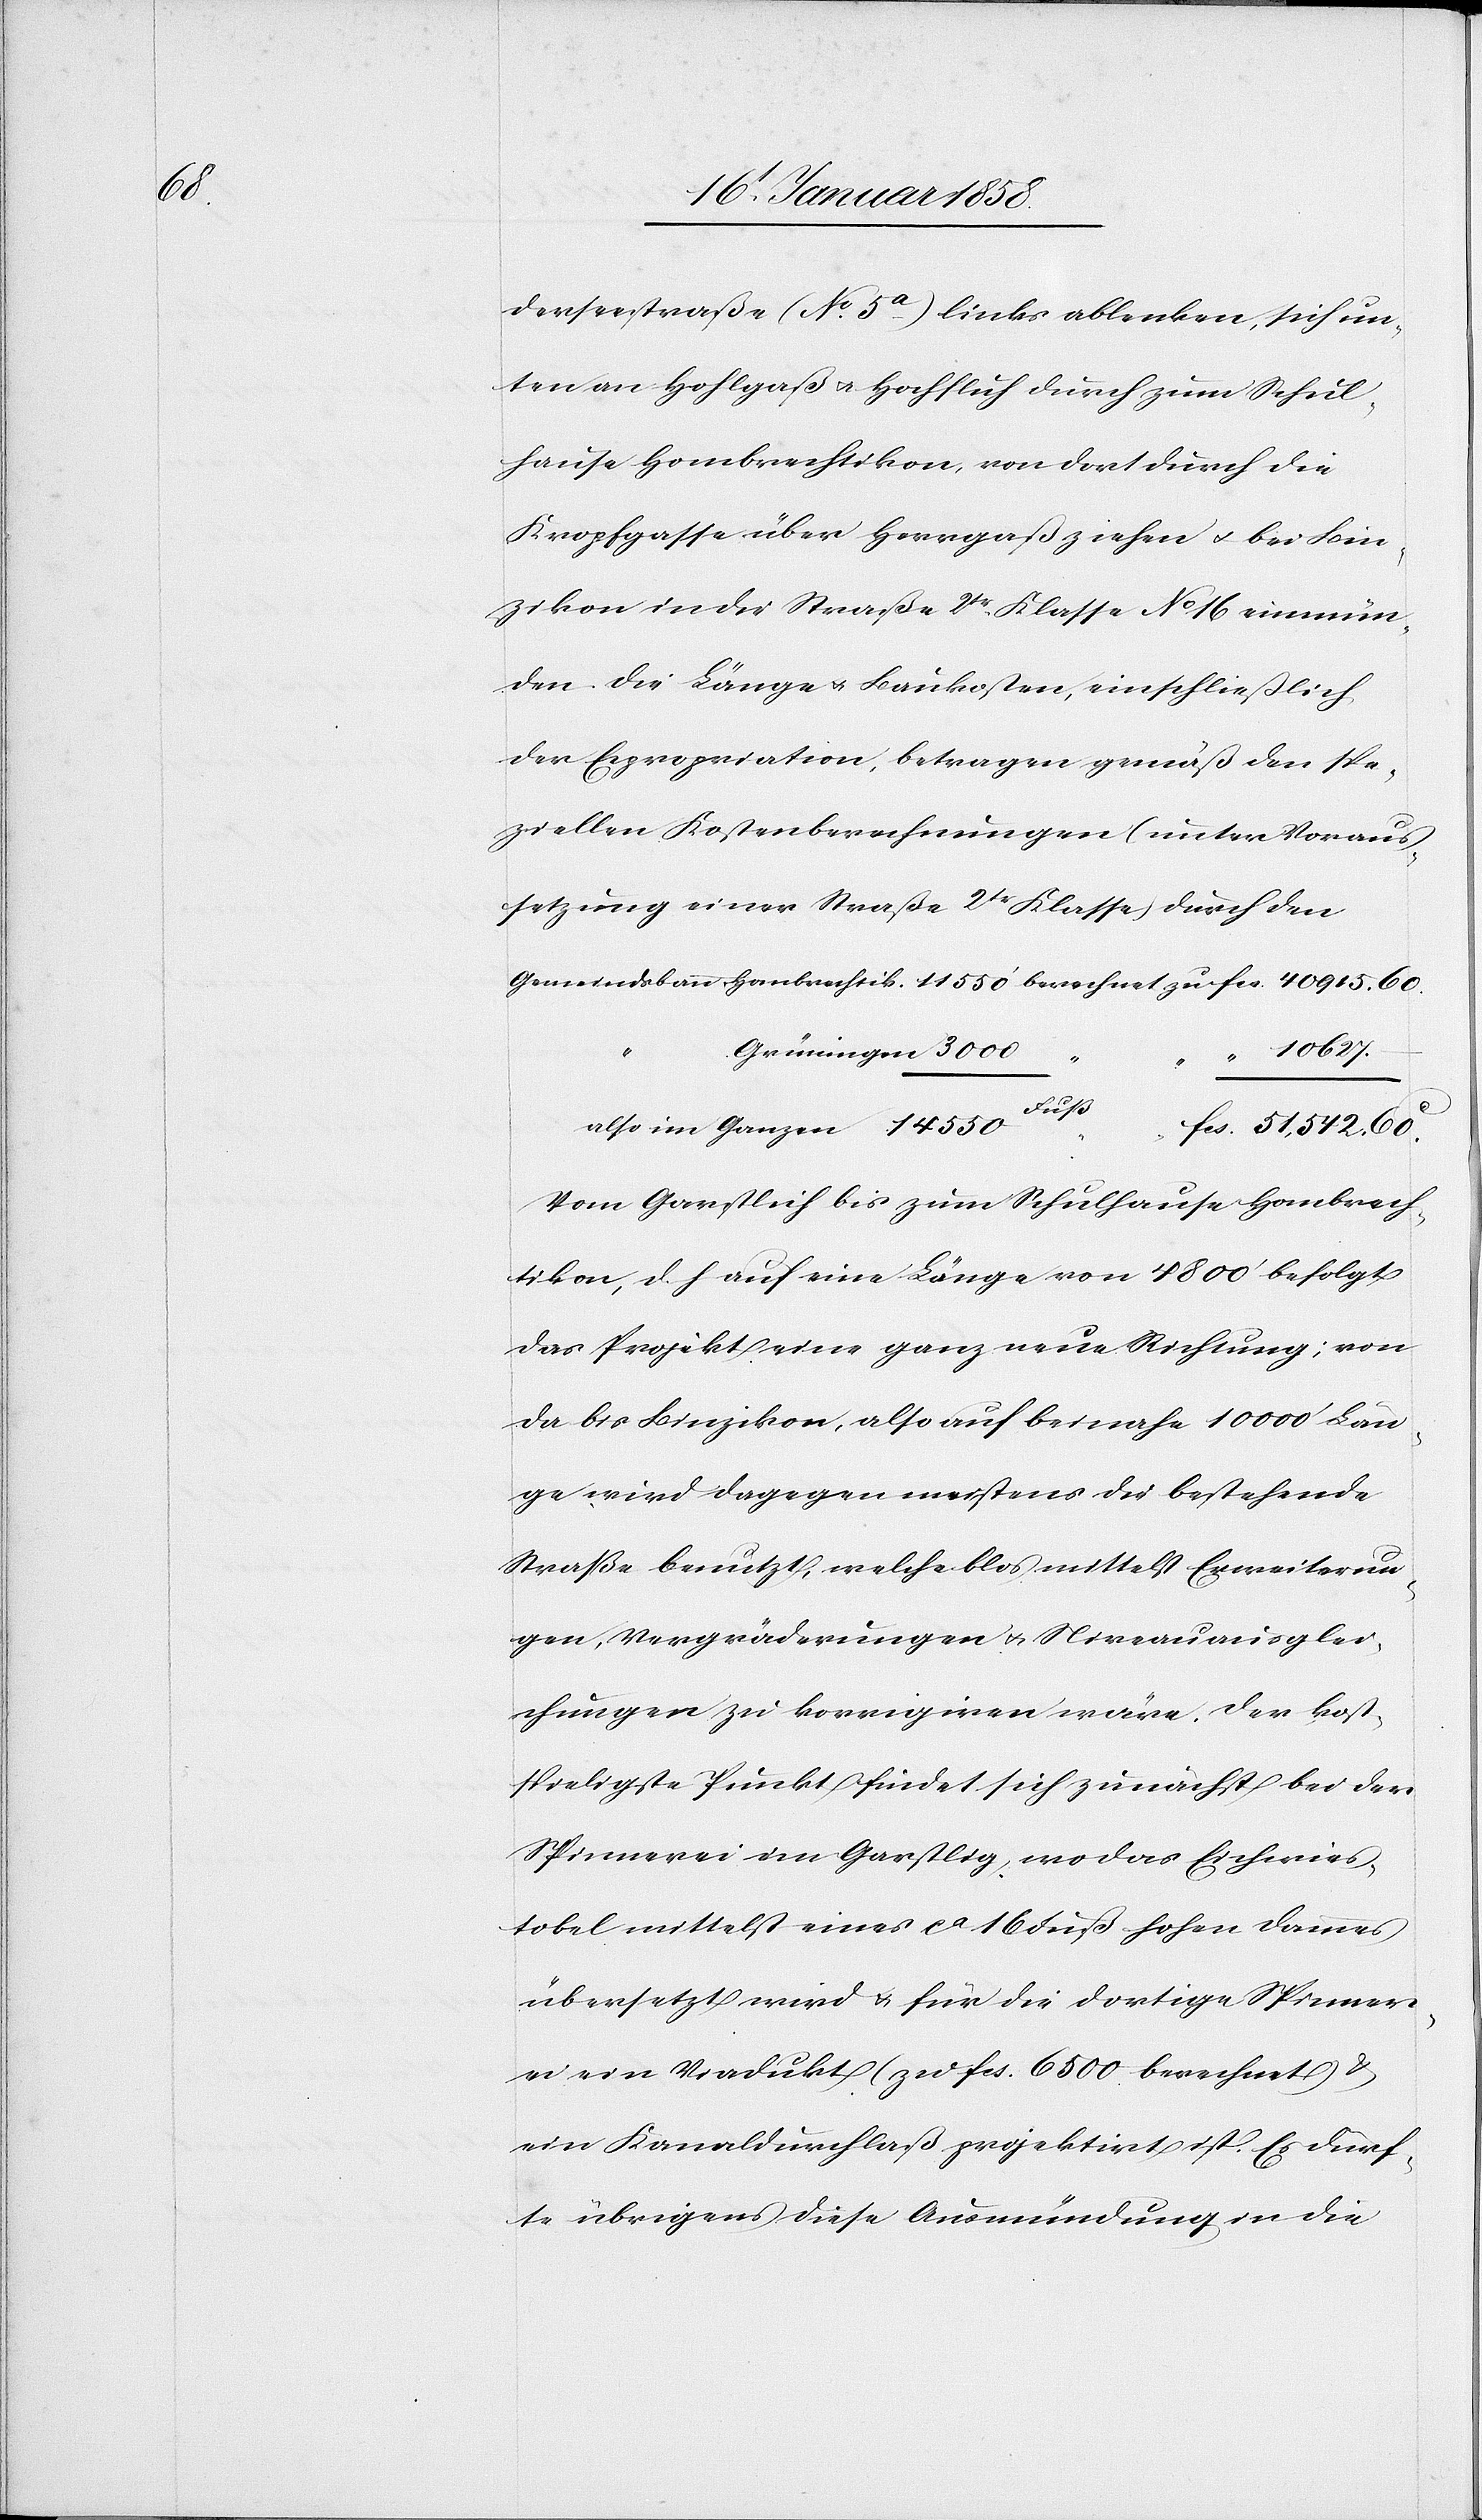
550

derseestraße (No. 5a) links ablenken, sich un¬
ten an Hohlgaß u. Hochfluh durch zum Schul¬
hause Hombrechtikon, von dort durch die
Knopfgasse über Herrgaß ziehen u. bei Bin¬
zikon in die Straße 2tr. Klasse No. 16 einmün¬
den. Die Länge u. Baukosten, einschließlich
der Expropriation, betragen gemäß den spe¬
ziellen Kostenberechnungen (unter Voraus¬
setzung einer Straße 2tr Klasse) durch den
“ 10 627.
“ 51,542.60.
Vom Garstlich bis zum Schulhause Hombrech¬
tikon, d. h auf eine Länge von 4800’ befolgt
das Projekt eine ganz neue Richtung; von
da bis Binzikon, also auf beinahe 10 000’ Län¬
ge wird dagegen meistens die bestehende
Straße benutzt, welche blos mittelst Erweiterun¬
gen, Vergräderungen u. Niveauausglei¬
chungen zu korrigiren wäre. Der kost¬
spieligste Punkt findet sich zunächst bei der
Spinnerei im Garstlig, wo das Eichwies¬
tobel mittelst eines ca 16 Fuß hohen Dammes
übersetzt wird u. für die dortige Spinner¬
ei ein Viadukt (zu fcs. 6500 berechnet) &
ein Kanaldurchlaß projektirt ist. Es dürf¬
te übrigens diese Ausmündung in die